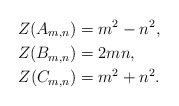
\begin{align*} Z(A_{m,n})&=m^2-n^2, \\ Z(B_{m,n})&=2mn, \\ Z(C_{m,n})&=m^2+n^2.\end{align*}